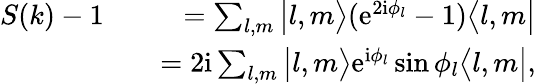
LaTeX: \begin{array}{rlr}{S(k)-1}&{}&{=\sum_{l,m}\big|l,m\bigr\rangle(\mathrm{e}^{2\mathrm{i}\phi_{l}}-1)\bigl\langle l,m\big|}\\ &{}&{=2\mathrm{i}\sum_{l,m}\big|l,m\bigr\rangle\mathrm{e}^{\mathrm{i}\phi_{l}}\sin\phi_{l}\bigl\langle l,m\big|,}\end{array}